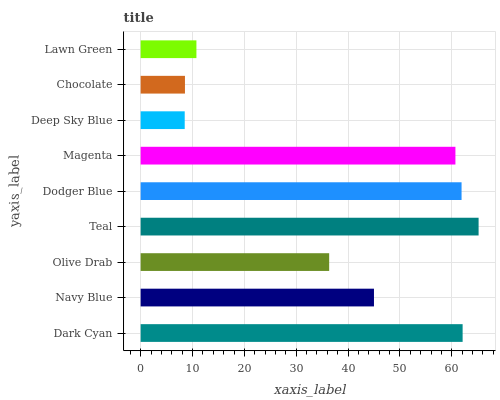
| yaxis_label | bars |
 | --- | --- |
 | Dark Cyan | 62.1 |
 | Navy Blue | 45 |
 | Olive Drab | 36.3 |
 | Teal | 65.2 |
 | Dodger Blue | 61.9 |
 | Magenta | 60.7 |
 | Deep Sky Blue | 8.5 |
 | Chocolate | 8.54 |
 | Lawn Green | 10.8 |